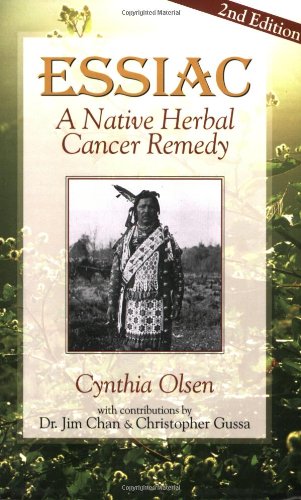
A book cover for Essiac: A Native Herbal Cancer Remedy; Cythia Olsen; Health, Fitness & Dieting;